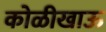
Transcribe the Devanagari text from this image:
कोळीखाऊ